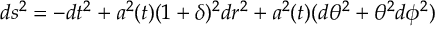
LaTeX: d s ^ { 2 } = - d t ^ { 2 } + a ^ { 2 } ( t ) ( 1 + \delta ) ^ { 2 } d r ^ { 2 } + a ^ { 2 } ( t ) ( d \theta ^ { 2 } + \theta ^ { 2 } d \phi ^ { 2 } )